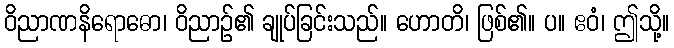
ဝိညာဏနိရောဓော၊ ဝိညာဉ်၏ ချုပ်ခြင်းသည်။ ဟောတိ၊ ဖြစ်၏။ ပ။ ဧဝံ၊ ဤသို့။